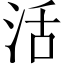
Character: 活